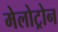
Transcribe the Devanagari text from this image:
मेलोट्रोन